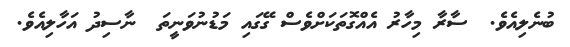
ބުނެލިއެވެ.  ސާރާ މިހާރު އެއްގޮތަކަށްވެސް ގޭގައި މަޑުނުވަނީތަ  ނާސިދު އަހާލިއެވެ.